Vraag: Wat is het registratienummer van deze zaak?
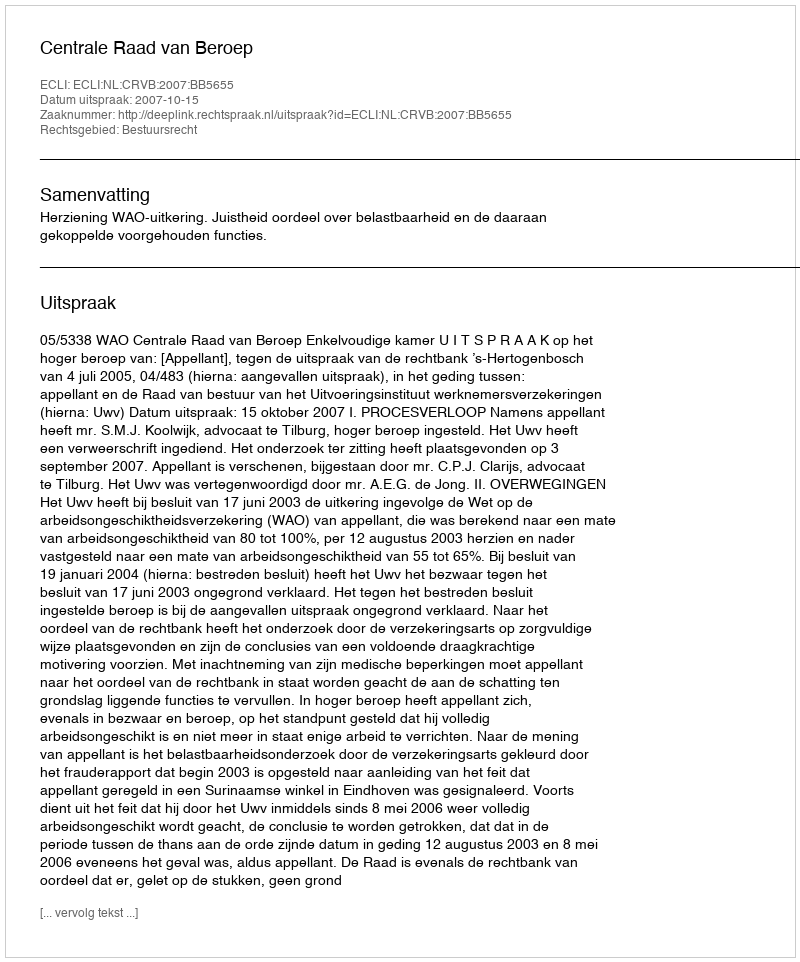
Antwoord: http://deeplink.rechtspraak.nl/uitspraak?id=ECLI:NL:CRVB:2007:BB5655